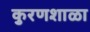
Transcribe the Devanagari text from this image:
कुरणशाळा